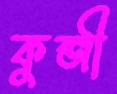
কুব্জী